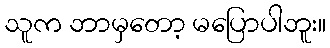
သူက ဘာမှတော့ မပြောပါဘူး။